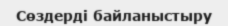
Сөздерді байланыстыру